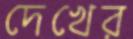
দেখের